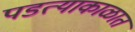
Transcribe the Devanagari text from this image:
पडत्याकाळात